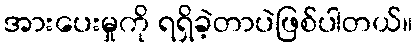
အားပေးမှုကို ရရှိခဲ့တာပဲဖြစ်ပါတယ်။